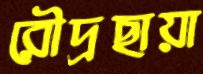
রৌদ্রছায়া